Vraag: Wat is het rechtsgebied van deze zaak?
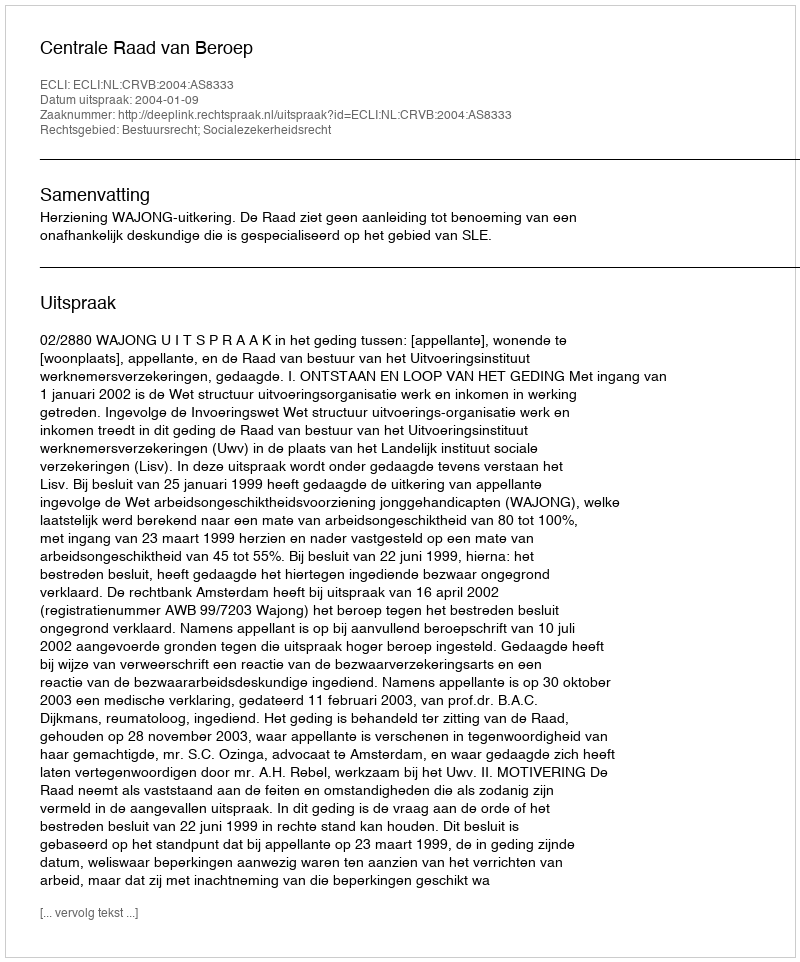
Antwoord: Bestuursrecht; Socialezekerheidsrecht